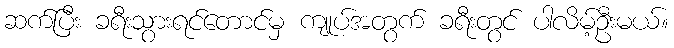
ဆက်ပြီး ခရီးသွားရင်တောင်မှ ကျုပ်အတွက် ခရီးတွင် ပါလိမ့်ဦးမယ်။